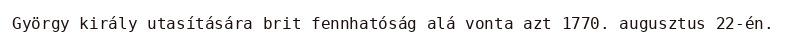
György király utasítására brit fennhatóság alá vonta azt 1770. augusztus 22-én.